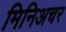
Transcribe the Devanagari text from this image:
मिनिअचर